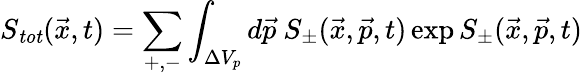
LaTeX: S_{\mathit{tot}}(\vec{x},t)=\sum_{+,-}\int_{\Delta V_{{p}}}d\vec{p}\ S_{\pm}(\vec{x},\vec{p},t)\exp{S_{\pm}}(\vec{x},\vec{p},t)